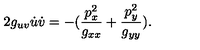
2 g _ { u v } \dot { u } \dot { v } = - ( { \frac { p _ { x } ^ { 2 } } { g _ { x x } } } + { \frac { p _ { y } ^ { 2 } } { g _ { y y } } } ) .